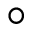
^ { \circ }